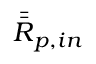
\bar { \bar { \boldsymbol { R } } } _ { p , i n }